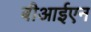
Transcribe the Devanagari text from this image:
बीआईएन